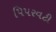
પિપરવટી